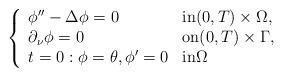
LaTeX: \begin{align*}\left\lbrace\begin{array}{lll}\phi''-\Delta \phi =0 & \hbox{in}(0,T) \times\Omega,\\\partial_\nu \phi= 0 & \hbox{on} (0,T) \times\Gamma,\\t=0: \phi=\theta,\phi'=0 & \hbox{in} \Omega \end{array}\right.\end{align*}